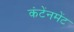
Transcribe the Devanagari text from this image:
कंटेंनमेंट